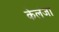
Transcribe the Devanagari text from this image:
केलंजा